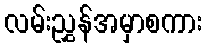
လမ်းညွှန်အမှာစကား